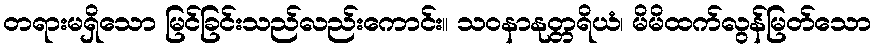
တရားမရှိသော မြင်ခြင်းသည်လည်းကောင်း။ သဝနာနုတ္တရိယံ၊ မိမိထက်လွန်မြတ်သော